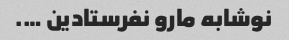
نوشابه مارو نفرستادین ….